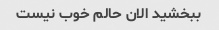
ببخشید الان حالم خوب نیست